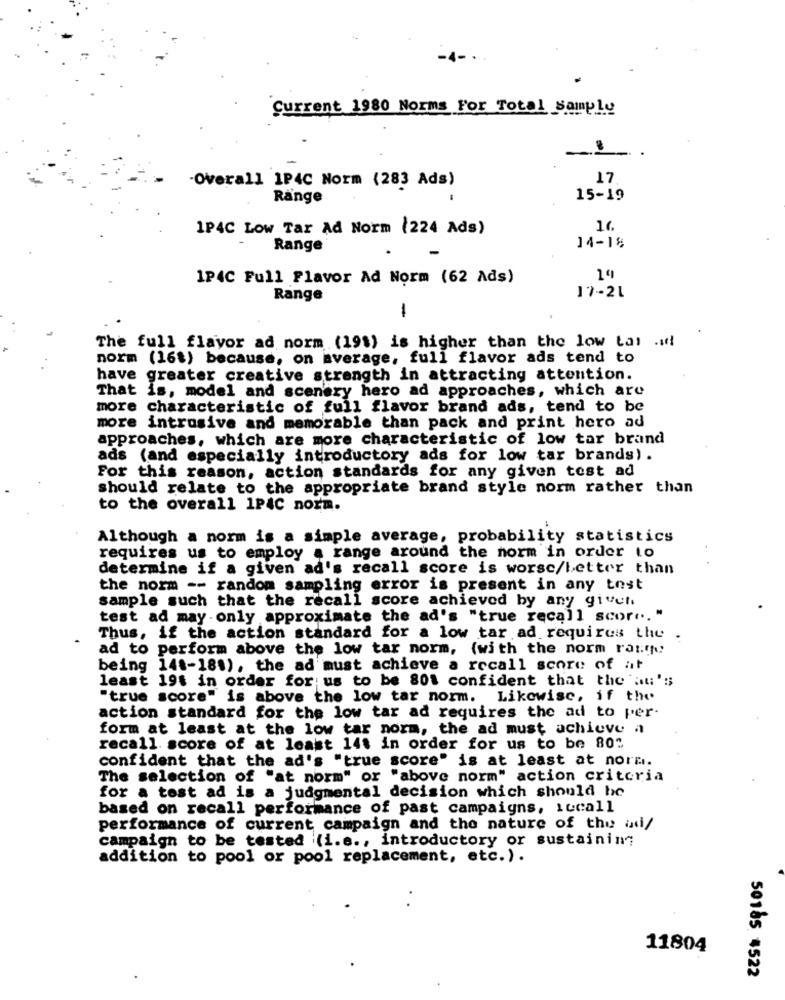
Current 1980 Norms For Total Samply
17
-Overall 1P4C Norm (283 Ads)
Ränge
15-19
1P4C Low Tar Ad Norm (224 Ads)
Range
14-18
1P4C Full Flavor Ad Norm (62 Ads)
17-21
Range
1
The full flavor ad norm (191) is higher than the low tas .i!
norm (16$) because, on average, full flavor ads tend to
have greater creative strength in attracting attention.
That is, model and scenery hero ad approaches, which are
more characteristic of full flavor brand ads, tend to be
more intrusive and memorable than pack and print hero ad
approaches, which are more characteristic of low tar brand
ads (and especially introductory ads for low tar brands).
For this reason, action standards for any given test ad
should relate to the appropriate brand style norm rather than
to the overall 1P4C norm.
Although a norm is a simple average, probability statistics
requires us to employ a range around the norm in order to
determine if a given ad's recall score is worse/better than
the norm -- random sampling error is present in any tost
sample such that the recall score achieved by any given
test ad may only approximate the ad's "true recall scor ... "
Thus, if the action standard for a low tar ad requires the .
ad to perform above the low tar norm, (with the norm rast
being 148-180), the ad must achieve a recall score of at
least 19t in order for us to be 801 confident that the au's
"true score" is above the low tar norm. Likewise, if the
action standard for the low tar ad requires the ad to per-
form at least at the low tar norm, the ad must achieve a
recall score of at least 14t in order for us to be 80"
confident that the ad's "true score" is at least at norm.
The selection of "at norm" or "above norm" action criteria
for a test ad is a judgmental decision which should he
based on recall performance of past campaigns, iccall
performance of current campaign and the nature of the ad/
campaign to be tested (i.e ., introductory or sustaining
addition to pool or pool replacement, etc.).
11804
50185. 4522